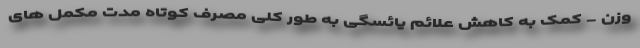
وزن - کمک به کاهش علائم یائسگی به طور کلی مصرف کوتاه مدت مکمل های